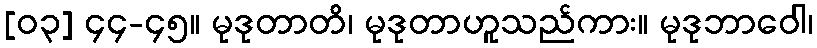
[၀၃] ၄၄-၄၅။ မုဒုတာတိ၊ မုဒုတာဟူသည်ကား။ မုဒုဘာဝေါ၊